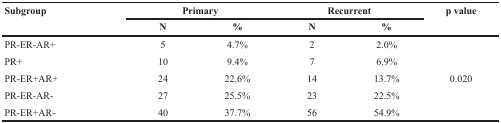
<table><thead><tr><td rowspan="2"><b>Subgroup</b></td><td colspan="2"><b>Primary</b></td><td colspan="2"><b>Recurrent</b></td><td rowspan="2"><b>p value</b></td></tr><tr><td><b>N</b></td><td><b>%</b></td><td><b>N</b></td><td><b>%</b></td></tr></thead><tbody><tr><td>PR-ER-AR+</td><td>5</td><td>4.7%</td><td>2</td><td>2.0%</td><td rowspan="5">0.020</td></tr><tr><td>PR+</td><td>10</td><td>9.4%</td><td>7</td><td>6.9%</td></tr><tr><td>PR-ER+AR+</td><td>24</td><td>22.6%</td><td>14</td><td>13.7%</td></tr><tr><td>PR-ER-AR-</td><td>27</td><td>25.5%</td><td>23</td><td>22.5%</td></tr><tr><td>PR-ER+AR-</td><td>40</td><td>37.7%</td><td>56</td><td>54.9%</td></tr></tbody></table>